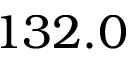
1 3 2 . 0